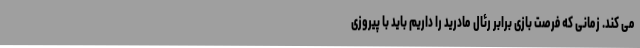
می کند. زمانی که فرصت بازی برابر رئال مادرید را داریم باید با پیروزی